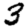
Digit: 3